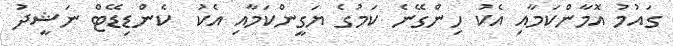
ގައުމު އޮމާންކަމާއި އެކު ހިންގޭނެ ކަމުގެ ޔަގީންކަމާއި އެކު  ކެންޑިޑޭޓް ނަޝީދު